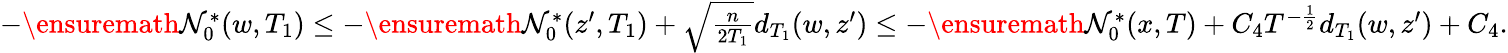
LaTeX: \begin{array}{r}{-\ensuremath{\mathcal{N}}_{0}^{*}(w,T_{1})\le-\ensuremath{\mathcal{N}}_{0}^{*}(z^{\prime},T_{1})+\sqrt{\frac{n}{2T_{1}}}d_{T_{1}}(w,z^{\prime})\le-\ensuremath{\mathcal{N}}_{0}^{*}(x,T)+C_{4}T^{-\frac 12}d_{T_{1}}(w,z^{\prime})+C_{4}.}\end{array}